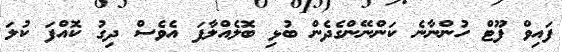
ފައިވް ފޫޓް ހުންނާނެ ކަންނޭންގެދެން ބުޅި ބޮލެއްލާފަ އެވެސް ދިގު ކޮއްފަ ކުލަ